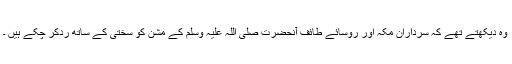
وہ دیکھتے تھے کہ سرداران مکہ اور رؤسائے طائف آنحضرت صلی اللہ علیہ وسلم کے مشن کو سختی کے ساتھ ردّکر چکے ہیں ۔